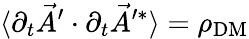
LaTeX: \langle\partial_{t}\vec{A}^{\prime}\cdot\partial_{t}\vec{A}^{\prime*}\rangle=\rho_{\mathrm{DM}}